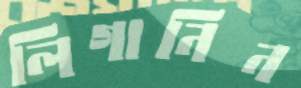
লিগানিন